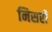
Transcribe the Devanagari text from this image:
निसरी